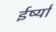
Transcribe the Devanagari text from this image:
ईर्ष्‍या